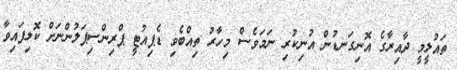
ތައުލީމީ ދާއިރާގެ އޮނިގަނޑުން އުނިކުރި ނަމަވެސް މިހާރު ތިއްބެވި ޑެޕިއުޓީ ޕްރިންސިޕަލުންނަށް ކޮލިފައިވާ